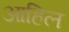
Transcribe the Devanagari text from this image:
आहिल